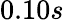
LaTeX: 0.10s